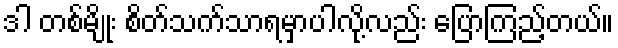
ဒါ တစ်မျိုး စိတ်သက်သာရမှာပါလို့လည်း ပြောကြည့်တယ်။